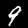
Digit: 9